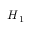
\boldsymbol { H } _ { 1 }